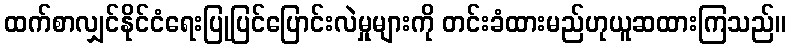
ထက်စာလျှင်နိုင်ငံရေးပြုပြင်ပြောင်းလဲမှုများကို တင်းခံထားမည်ဟုယူဆထားကြသည်။